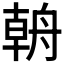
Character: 𰰎